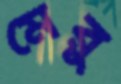
মেরু